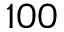
1 0 0